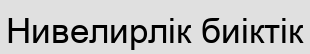
Нивелирлік биіктік